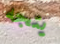
يتجه